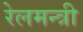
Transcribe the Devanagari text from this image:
रेलमन्त्री